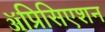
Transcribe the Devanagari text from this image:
ॲप्रिसिएशन